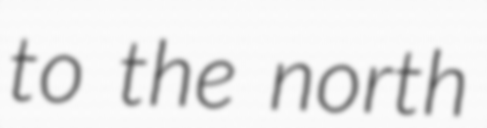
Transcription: to the north